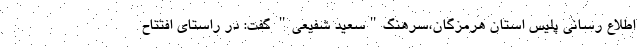
اطلاع رسانی پلیس استان هرمزگان،سرهنگ"سعید شفیعی" گفت: در راستای افتتاح